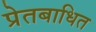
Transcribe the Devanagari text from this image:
प्रेतबाधित